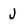
Character: J